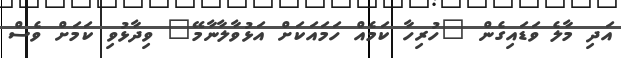
އަދި މާލެ ވަޑައިގެން "ހުރިހާ ކަމެއް ހަމައަކަށް އަޅުވާލާނާމޭ" ވިދާޅުވި ކަމަށް ވެސް